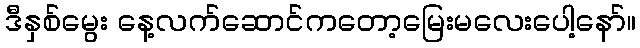
ဒီနှစ်မွေး နေ့လက်ဆောင်ကတော့မြေးမလေးပေါ့နော်။